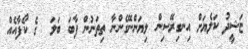
ޏަޝީދު ކަލެޔަށް އިނގިރޭސިން ލިޔަންނޭގެންނާ ތިތަނުން ފާބަ ބަލަ  ގެ ކޯފާއެއް